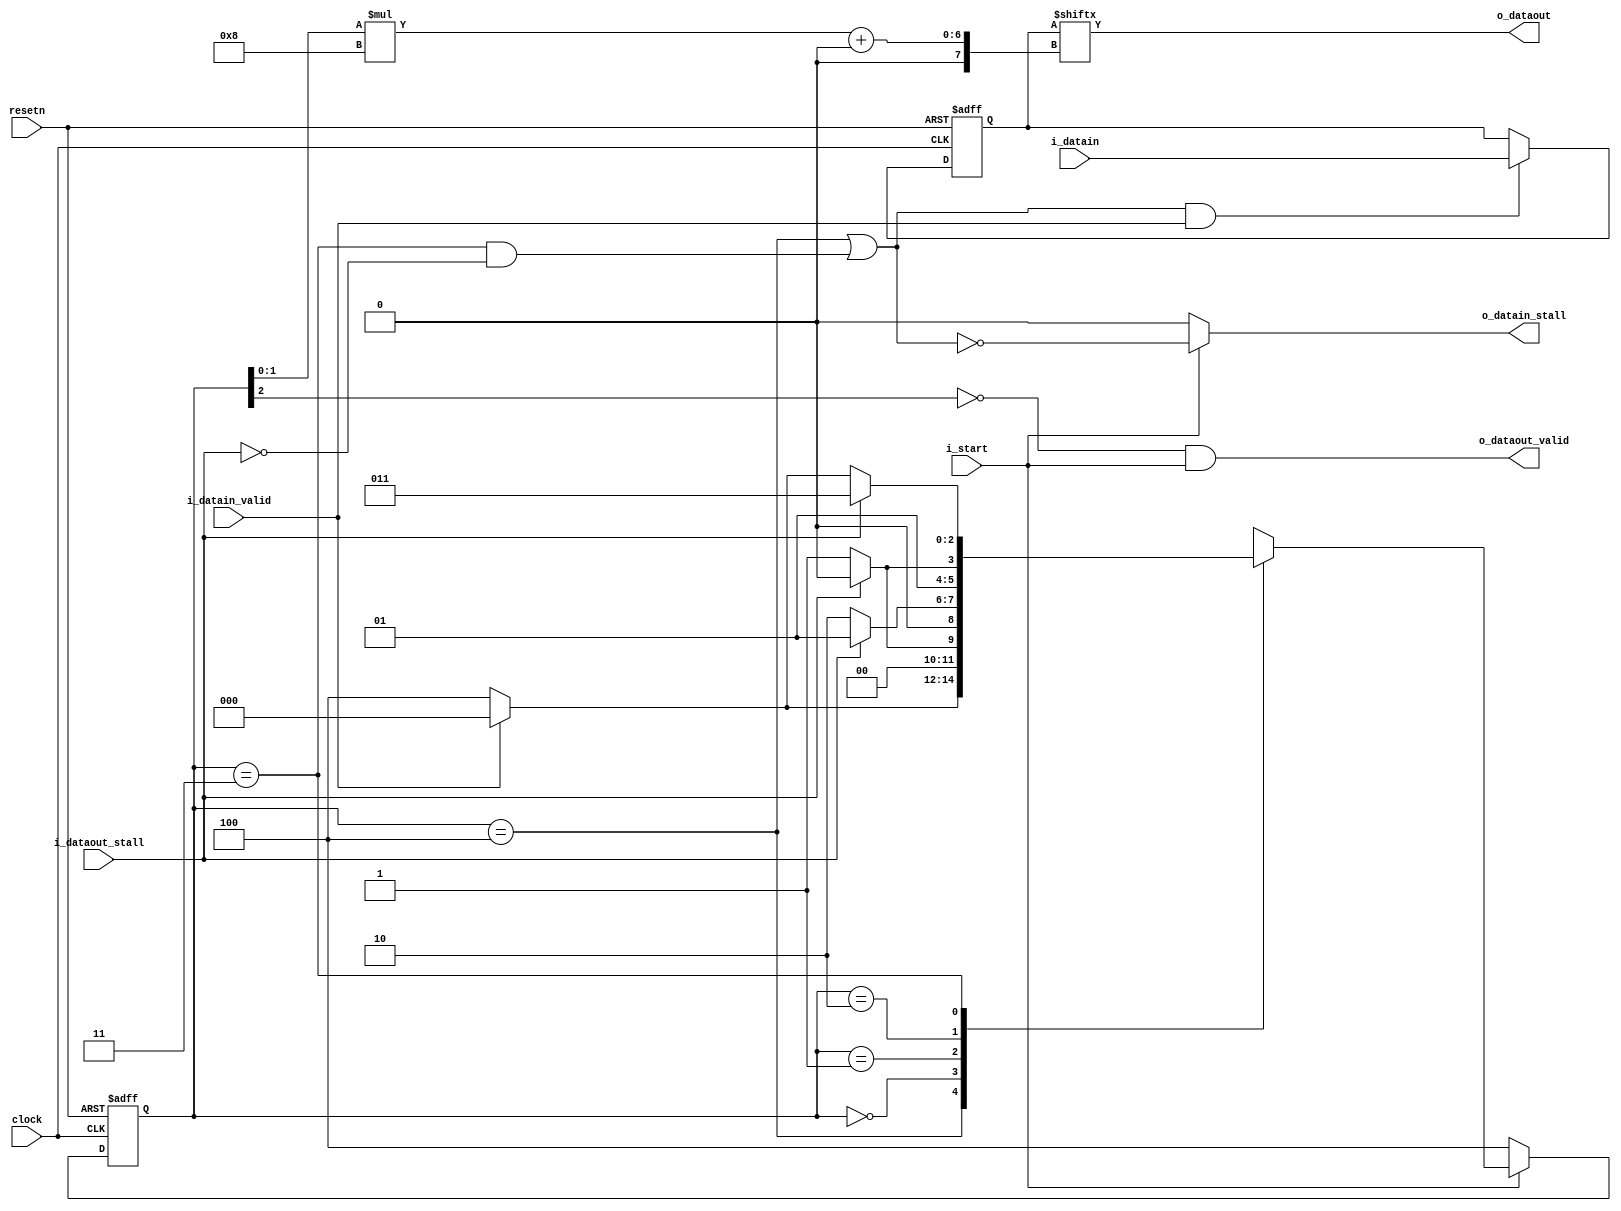
module vfabric_down_converter(clock, resetn, i_start,
  i_datain, i_datain_valid, o_datain_stall, 
  o_dataout, i_dataout_stall, o_dataout_valid);
parameter DATAIN_WIDTH = 32;
parameter DATAOUT_WIDTH = 8;
 input clock, resetn, i_start;
 input [DATAIN_WIDTH-1:0] i_datain;
 input i_datain_valid;
 output o_datain_stall;
 output [DATAOUT_WIDTH-1:0] o_dataout;
 input i_dataout_stall;
 output o_dataout_valid;
parameter s_IDLE = 3'b100;
parameter s_SEND_B1 = 3'b000;
parameter s_SEND_B2 = 3'b001;
parameter s_SEND_B3 = 3'b010;
parameter s_SEND_B4 = 3'b011;
reg [2:0] present_state, next_state;
reg [DATAIN_WIDTH-1:0] data_to_send;
wire latch_new_data;
always@(*)
begin
   case (present_state)
    s_IDLE: if (i_datain_valid)
                next_state <= s_SEND_B1;
             else
                next_state <= s_IDLE;
    s_SEND_B1: if (!i_dataout_stall)
                 next_state <= s_SEND_B2; 
               else 
                 next_state <= s_SEND_B1; 
    s_SEND_B2: if (!i_dataout_stall)
                 next_state <= s_SEND_B3; 
               else 
                 next_state <= s_SEND_B2; 
    s_SEND_B3: if (!i_dataout_stall)
                 next_state <= s_SEND_B4; 
               else 
                 next_state <= s_SEND_B3; 
    s_SEND_B4: if (!i_dataout_stall)
                 next_state <= i_datain_valid ? s_SEND_B1 : s_IDLE;
               else 
                 next_state <= s_SEND_B4;
    default: next_state <= 3'bxxx;
   endcase	 
end
always@(posedge clock or negedge resetn)
begin
  if (~resetn)
    data_to_send <= {DATAIN_WIDTH{1'b0}};
  else
    data_to_send <= (latch_new_data & i_datain_valid) ? 
                        i_datain : data_to_send;
end 
always@(posedge clock or negedge resetn)
begin
  if (~resetn)
     present_state <= s_IDLE;
  else
     present_state <= (i_start) ? next_state : s_IDLE;
end
  assign o_dataout = data_to_send[present_state[1:0]*DATAOUT_WIDTH +: DATAOUT_WIDTH];
  assign o_dataout_valid = ~present_state[2] & i_start;
  assign latch_new_data = (present_state == s_IDLE) || 
                          ((present_state == s_SEND_B4) & ~i_dataout_stall);
  assign o_datain_stall = (i_start) ? ~latch_new_data : 1'b0;
endmodule